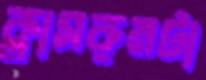
ক্লাসরুমটা